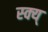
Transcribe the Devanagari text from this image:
स्क्य्